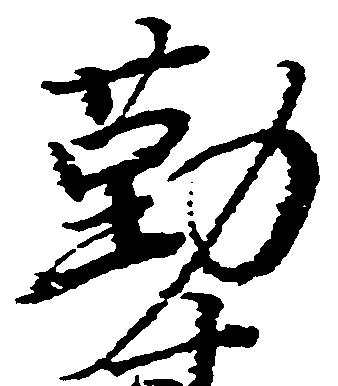
勤